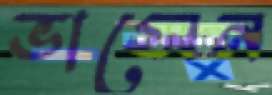
ভাসেন